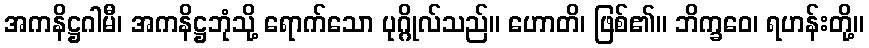
အကနိဋ္ဌဂါမီ၊ အကနိဋ္ဌဘုံသို့ ရောက်သော ပုဂ္ဂိုလ်သည်။ ဟောတိ၊ ဖြစ်၏။ ဘိက္ခဝေ၊ ရဟန်းတို့။